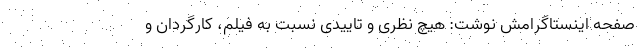
صفحه اینستاگرامش نوشت: هیچ نظری و تاییدی نسبت به فیلم، کارگردان و